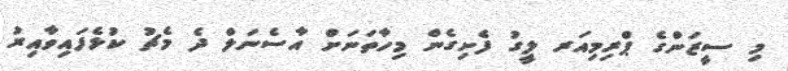
މި ސީޒަންގެ ޕްރިމިއަރ ލީގު ފެށިގެން މިހާތަނަށް އާސެނަލް ދެ މެޗު ކުޅެފައިވާއިރު